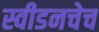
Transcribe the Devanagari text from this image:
स्वीडनचेच